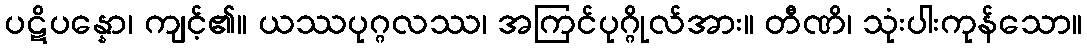
ပဋိပန္နော၊ ကျင့်၏။ ယဿပုဂ္ဂလဿ၊ အကြင်ပုဂ္ဂိုလ်အား။ တီဏိ၊ သုံးပါးကုန်သော။